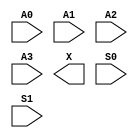
/**
 * Copyright 2020 The SkyWater PDK Authors
 *
 * Licensed under the Apache License, Version 2.0 (the "License");
 * you may not use this file except in compliance with the License.
 * You may obtain a copy of the License at
 *
 *     https://www.apache.org/licenses/LICENSE-2.0
 *
 * Unless required by applicable law or agreed to in writing, software
 * distributed under the License is distributed on an "AS IS" BASIS,
 * WITHOUT WARRANTIES OR CONDITIONS OF ANY KIND, either express or implied.
 * See the License for the specific language governing permissions and
 * limitations under the License.
 *
 * SPDX-License-Identifier: Apache-2.0
 */

`ifndef SKY130_FD_SC_LP__MUX4_SYMBOL_V
`define SKY130_FD_SC_LP__MUX4_SYMBOL_V

/**
 * mux4: 4-input multiplexer.
 *
 * Verilog stub (without power pins) for graphical symbol definition
 * generation.
 *
 * WARNING: This file is autogenerated, do not modify directly!
 */

`timescale 1ns / 1ps
`default_nettype none

(* blackbox *)
module sky130_fd_sc_lp__mux4 (
    //# {{data|Data Signals}}
    input  A0,
    input  A1,
    input  A2,
    input  A3,
    output X ,

    //# {{control|Control Signals}}
    input  S0,
    input  S1
);

    // Voltage supply signals
    supply1 VPWR;
    supply0 VGND;
    supply1 VPB ;
    supply0 VNB ;

endmodule

`default_nettype wire
`endif  // SKY130_FD_SC_LP__MUX4_SYMBOL_V